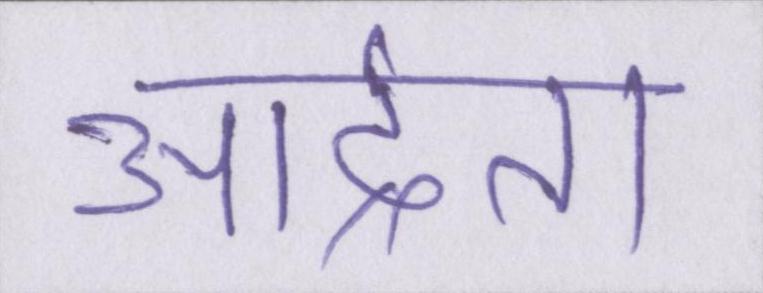
आर्द्रता